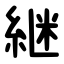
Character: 継